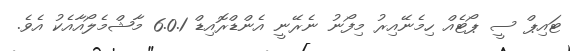
ޓައިޕް ސީ ޕޯޓެއް ހިމެނޭއިރު މިފޯނު ނެރޭނީ އެންޑްރޮއިޑް 6.0.1 މާޝްމެލޯއާއެކު އެވެ.